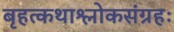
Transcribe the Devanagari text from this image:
बृहत्कथाश्लोकसंग्रहः